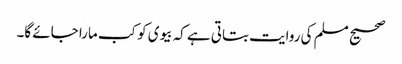
صحیح مسلم کی روایت بتاتی ہے کہ بیوی کو کب مارا جائے گا۔